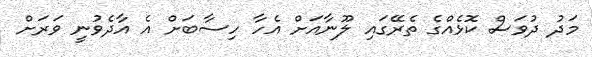
މަދު ދުވަސް ކޮޅެއްގެ ތެރޭގައި ލޫނާއަށް އެހާ ހިސާބަށް އެ އާދެވުނީ ވަރަށް